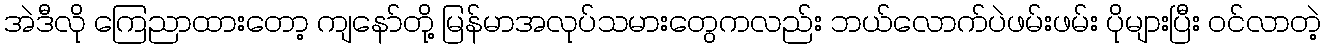
အဲဒီလို ကြေညာထားတော့ ကျနော်တို့ မြန်မာအလုပ်သမားတွေကလည်း ဘယ်လောက်ပဲဖမ်းဖမ်း ပိုများပြီး ဝင်လာတဲ့